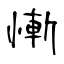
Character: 慚